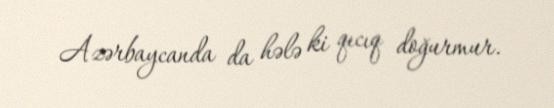
Azərbaycanda da hələ ki qıcıq doğurmur.